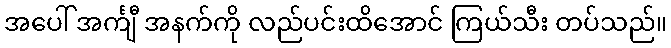
အပေါ် အင်္ကျီ အနက်ကို လည်ပင်းထိအောင် ကြယ်သီး တပ်သည်။